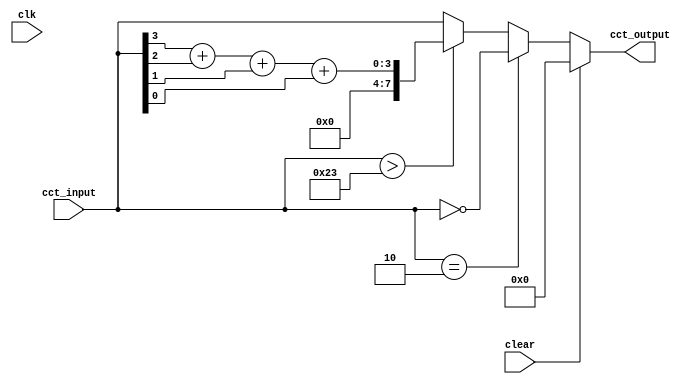
module student_circuit_Q2 (
          input clk, clear,
          input [7:0] cct_input,
          output reg [7:0] cct_output
			 );

always @ *
if (clear == 1'b1) cct_output = 8'd0;
else if (cct_input == 8'b10) cct_output = ~cct_input;
else if (cct_input > 8'd35) cct_output = {7'd0,cct_input[3]} + {7'd0,cct_input[2]} + {7'd0,cct_input[1]} + {7'd0,cct_input[0]};
else cct_output = cct_input;

endmodule